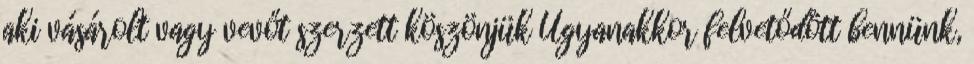
aki vásárolt vagy vevőt szerzett köszönjük Ugyanakkor felvetődött bennünk,